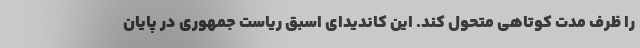
را ظرف مدت کوتاهی متحول کند. این کاندیدای اسبق ریاست جمهوری در پایان